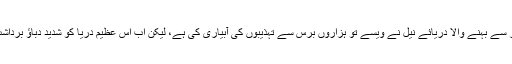
قاہرہ شہر کے اندر سے بہنے والا دریائے نیل نے ویسے تو ہزاروں برس سے تہذیبوں کی آبیاری کی ہے، لیکن اب اس عظیم دریا کو شدید دباؤ برداشت کرنا پڑ رہا ہے۔